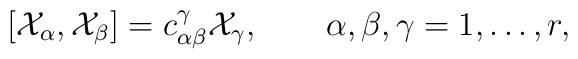
[{\cal X}_{\alpha},{\cal X}_{\beta}]=c_{\alpha \beta}^{\gamma}{\cal X}_{\gamma},\qquad \alpha ,\beta ,\gamma =1,\ldots ,r ,